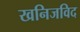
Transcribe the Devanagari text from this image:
खनिजविद